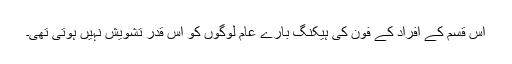
اس قسم کے افراد کے فون کی ہیکنگ بارے عام لوگوں کو اس قدر تشویش نہیں ہوتی تھی۔